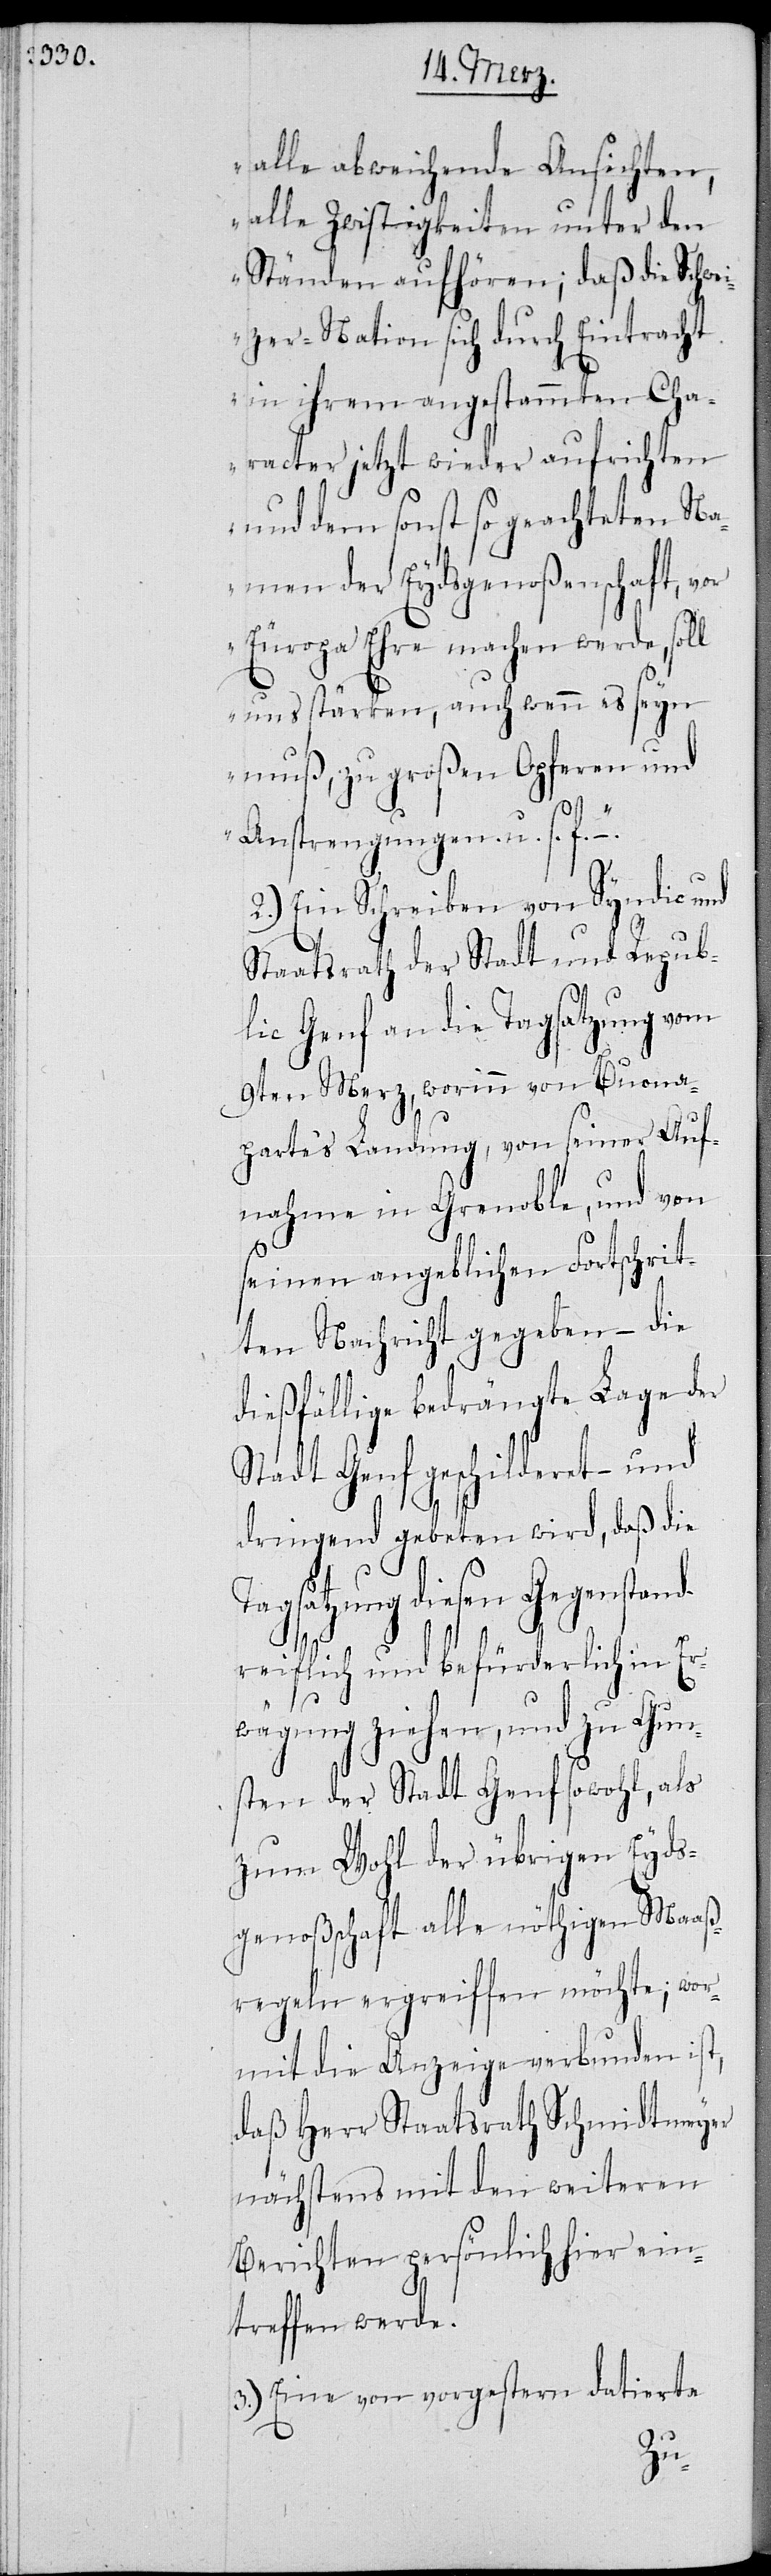
alle abweichende Ansichten,
alle Zwistigkeiten unter den
Ständen aufhören; daß die Schwe¬
izer-Nation sich durch Eintracht
in ihrem angestammten Cha¬
racter jetzt wieder aufrichten
und dem sonst so geachteten Na¬
men der Eydsgenoßenschaft, vor
Europa Ehre machen werde, soll
uns stärken, auch wenn es seyn
muß, zu großen Opferen und
Anstrengungen. u. s. f.“
2.) Ein Schreiben von Syndic und
Staatsrath der Stadt und Repub¬
lic Genf an die Tagsatzung vom
9ten Merz, worinn von Bona¬
parte‘s Landung, von seiner Auf¬
nahme in Grenoble, und von
seinen angeblichen Fortschrit¬
ten Nachricht gegeben – die
dießfällige bedrängte Lage der
Stadt Genf geschilderet – und
dringend gebeten wird, daß die
Tagsatzung diesen Gegenstand
weislich und befürderlich in Er¬
wägung ziehen, und zu Gun¬
sten der Stadt Genf sowohl, als
zum Wohl der übrigen Eyds¬
genoßenschaft alle nöthigen Maaß¬
regeln ergreiffen möchte; wor¬
mit die Anzeige verbunden ist,
daß Herr Staatsrath Schmidtmeyer
nächstens mit den weiteren
Berichten persönlich hier eint¬
reffen werde.
3.) Eine von vorgestern datierte